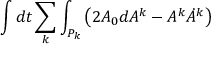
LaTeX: \int d t \sum _ { k } \int _ { P _ { k } } \left( 2 A _ { 0 } d A ^ { k } - A ^ { k } \dot { A } ^ { k } \right)